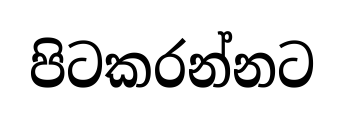
පිටකරන්නට